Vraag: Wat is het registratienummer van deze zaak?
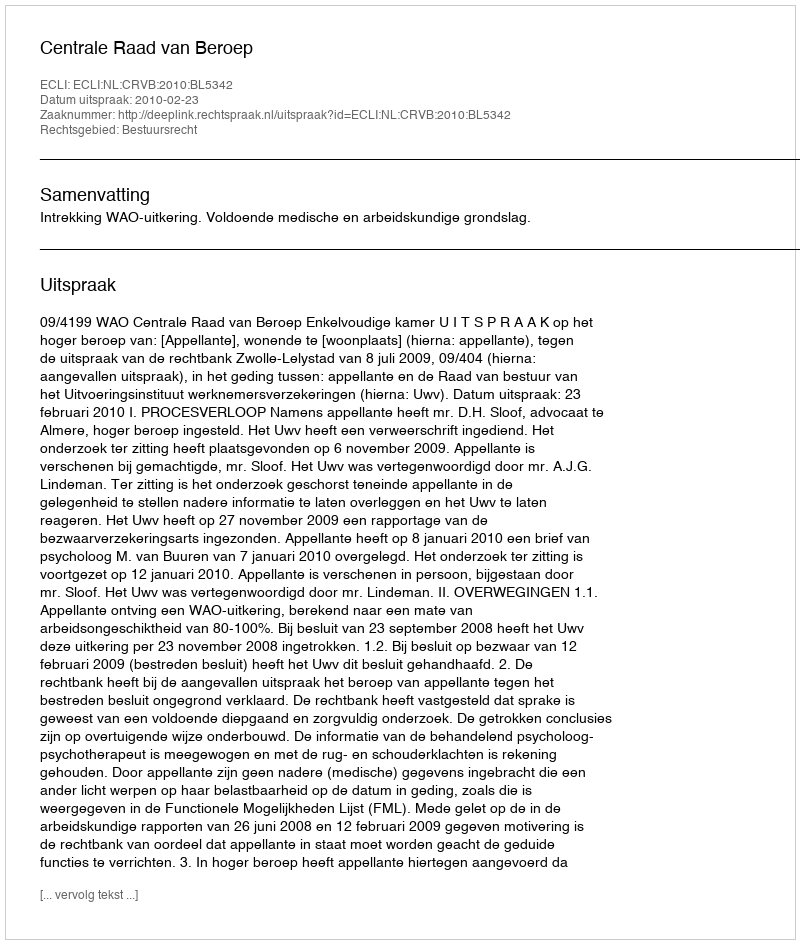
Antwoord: http://deeplink.rechtspraak.nl/uitspraak?id=ECLI:NL:CRVB:2010:BL5342